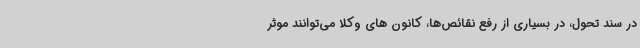
در سند تحول، در بسیاری از رفع نقائص‌ها، کانون های وکلا می‌توانند موثر